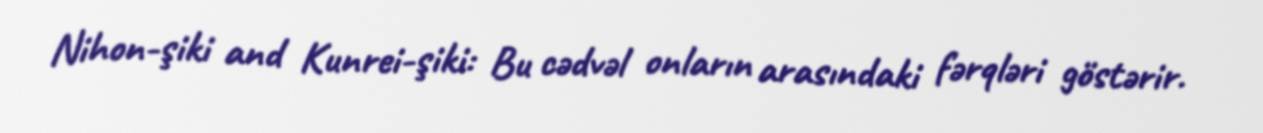
Nihon-şiki and Kunrei-şiki: Bu cədvəl onların arasındaki fərqləri göstərir.